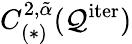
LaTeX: C_{(\ast)}^{2,\tilde{\alpha}}(\mathcal{Q}^{\mathrm{iter}})